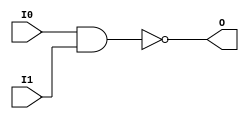
// $Header: /devl/xcs/repo/env/Databases/CAEInterfaces/verunilibs/data/uni9000/NAND2.v,v 1.4 2007/05/23 20:05:03 patrickp Exp $
///////////////////////////////////////////////////////////////////////////////
// Copyright (c) 1995/2004 Xilinx, Inc.
// All Right Reserved.
///////////////////////////////////////////////////////////////////////////////
//   ____  ____
//  /   /\/   /
// /___/  \  /    Vendor : Xilinx
// \   \   \/     Version : 7.1i (H.19)
//  \   \         Description : Xilinx Functional Simulation Library Component
//  /   /                  2-input NAND Gate
// /___/   /\     Filename : NAND2.v
// \   \  /  \    Timestamp : Thu Mar 25 16:42:02 PST 2004
//  \___\/\___\
//
// Revision:
//    03/23/04 - Initial version.
//    05/23/07 - Changed timescale to 1 ps / 1 ps.

`timescale  1 ps / 1 ps

`celldefine

module NAND2 (O, I0, I1);


    output O;

    input  I0, I1;

    nand A1 (O, I0, I1);

    specify
	(I0 *> O) = (0, 0);
	(I1 *> O) = (0, 0);
    endspecify

endmodule

`endcelldefine